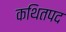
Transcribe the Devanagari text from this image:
कथितपद